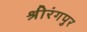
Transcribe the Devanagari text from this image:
श्रीरंगपुर